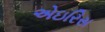
એઇરિસ